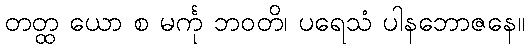
တတ္ထ ယော စ မင်္ကု ဘဝတိ၊ ပရေသံ ပါနဘောဇနေ။